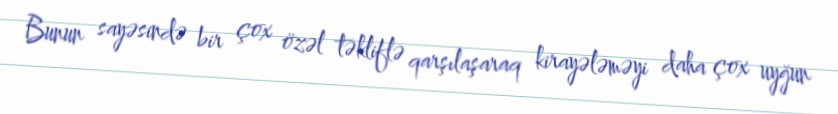
Bunun sayəsində bir çox özəl təkliflə qarşılaşaraq kirayələməyi daha çox uyğun